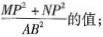
$$\frac { M P ^ { 2 } + N P ^ { 2 } } { A B ^ { 2 } }$$的值；